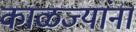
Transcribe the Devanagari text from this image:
काळज्यांना